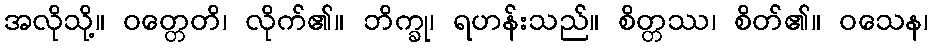
အလိုသို့။ ဝတ္တေတိ၊ လိုက်၏။ ဘိက္ခု၊ ရဟန်းသည်။ စိတ္တဿ၊ စိတ်၏။ ဝသေန၊